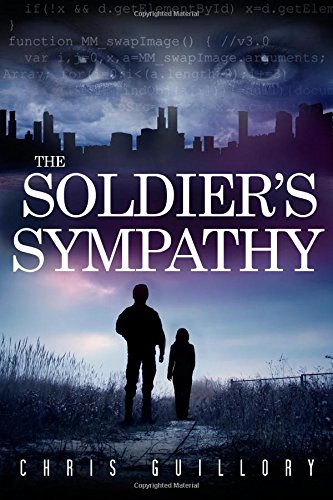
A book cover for The Soldier's Sympathy; Chris Guillory; Science Fiction & Fantasy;